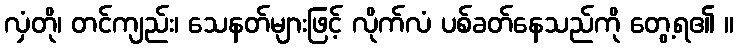
လှံတို၊ တင်ကျည်း၊ သေနတ်များဖြင့် လိုက်လံ ပစ်ခတ်နေသည်ကို တွေ့ရ၏ ။